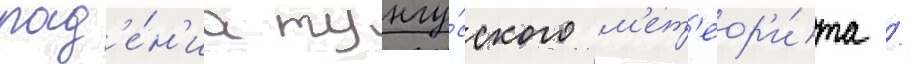
пад'е́н'иа тунгу́сского м'ет'еор'и́та /